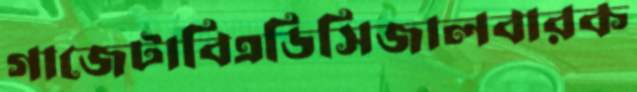
গাজেটাবিএডিসিজালবারক